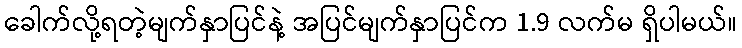
ခေါက်လို့ရတဲ့မျက်နှာပြင်နဲ့ အပြင်မျက်နှာပြင်က 1.9 လက်မ ရှိပါမယ်။